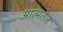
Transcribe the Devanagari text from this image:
आत्मतेज